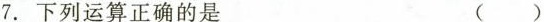
7.下列运算正确的是 ( )